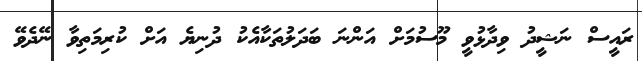
ރައީސް ނަޝީދު ވިދާޅުވީ މޫސުމަށް އަންނަ ބަދަލުތަކާއެކު ދުނިޔެ އަށް ކުރިމަތިވާ ނޭދެވޭ